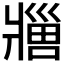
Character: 𬌊